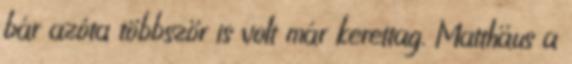
bár azóta többször is volt már kerettag. Matthäus a